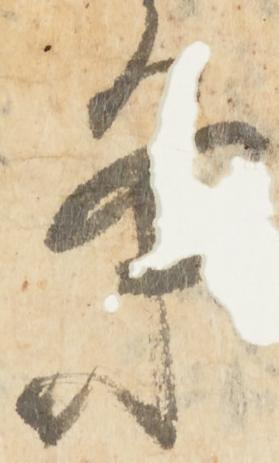
条